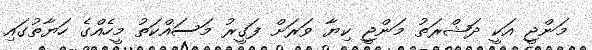
މަންޖީ އަކީ ދަޝްރަތު މަންޖީ ކިޔާ ވަރަށް ފަގީރު މަސައްކަތު މީހެއްގެ ހަޔާތުގައި